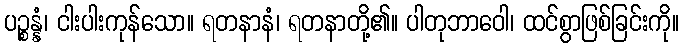
ပဉ္စန္နံ၊ ငါးပါးကုန်သော။ ရတနာနံ၊ ရတနာတို့၏။ ပါတုဘာဝေါ၊ ထင်စွာဖြစ်ခြင်းကို။